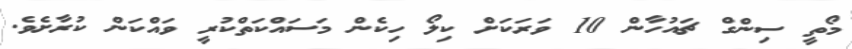
މޯތީ ސިންގް ޗައުހާން 10 ވަރަކަށް ކިލޯ ހިކެން މަސައްކަތްކުރީ ވައްކަން ކުރާށެވެ.